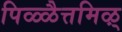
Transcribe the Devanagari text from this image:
पिळ्ळैत्तमिऴ्